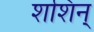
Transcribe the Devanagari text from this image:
शशिन्‌